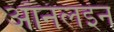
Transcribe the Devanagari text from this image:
ऑनलइन